Annual report on the lock hospitals of the Madras Presidency
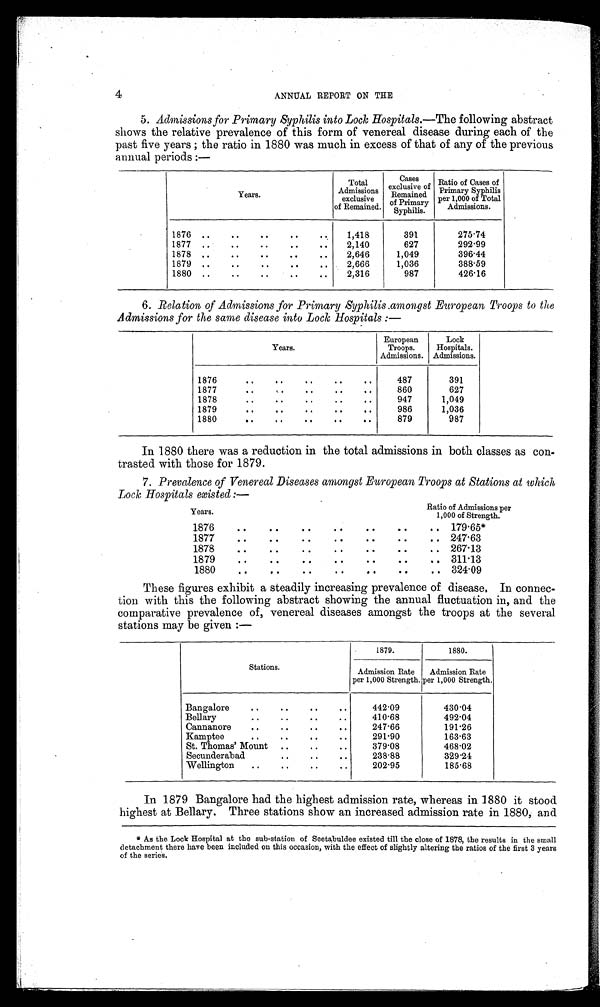
4
ANNUAL REPORT ON THE
5. Admissions for Primary Syphilis into Lock Hospitals .—The following abstract
shows the relative prevalence of this form of venereal disease during each of the
past five years ; the ratio in 1880 was much in excess of that of any of the previous
annual periods :—
Years.
Total
Admissions
exclusive
of Remained.
Cases exclusive of Remained
of Primary
Syphilis.
Ratio of Cases of
Primary Syphilis
per 1,000 ofTotal
Admissions.
1876 ..
.. .. ..
1,418
391
275.74
1877
. . ..
..
...
2,140
627
292.99
1878 ..
..
.. ..
..
2,646
1,049
396.44
1879 .. ..
..
• •
. .
2,666
1,036
388.59
1880 .. ..
..
..
..
2,316
987
426.16
6. Relation of Admissions for Primary Syphilis .amongst European Troops to the
Admissions for the same disease into Lock Hospitals :—
Years.
European
Troops.
Admissions.
Lock
Hospitals.
Admissions.
1876
..
..
..
..
..
487
391
1877
..
. .
..
..
..
860
627
1878
..
. .
..
..
..
947
1,049
1879
. . ..
..
..
..
986
1,036
1880
..
..
..
..
879
987
In 1880 there was a reduction in the total admissions in both classes as con.
trasted with those for 1879.
7. Prevalence of Venereal Diseases amongst European Troops at Stations at which,
Lock Hospitals existed :—
Years.
Ratio of Admissions per
1,000 of Strength.
1876
..
..
..
.. .. .. ..
179.65*
1877
..
..
..
..
.. ..
..
247.63
1878
. . . . . . . . . . . .
267.13
1879
.. .. .. .. .. ..
311.13
1880
.. .. .. .. .. ..
..
324.09
These figures exhibit a steadily increasing prevalence of disease, In connec-
tion with this the following abstract showing the annual fluctuation in, and the
comparative prevalence of, venereal diseases amongst the troops at the several
stations may be given :—
Stations.
1879.
1880.
Admission Rate
per 1,000 Strength.
Admission Rate
per 1,000 Strength.
Bangalore
..
..
. . ..
442.09
430.04
Bellary
.. ..
.. ..
410.68
492.04
Cannanore
..
..
..
..
247.66
191.26
Kamptee
. . ..
.. ..
291.90
163.63
St. Thomas' Mount ..
..
..
379.08
468.02
Secunderabad
.. ..
..
238.88
329.24
Wellington
..
..
..
..
202.95
185.68
In 1879 Bangalore had the highest admission rate, whereas in 1880 it stood
highest at Bellary. Three stations show an increased admission rate in 1880, and
* As the Lock Hospital at the sub-station of Seetabuldee existed till the close of 1878, the results in the small
detachment there have been included on this occasion, with the effect of slightly altering the ratios of the first 3 years
of the series.